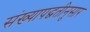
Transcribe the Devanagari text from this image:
संख्यापद्धतीनुसार